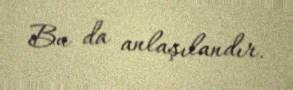
Bu da anlaşılandır.